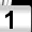
Digit: 1